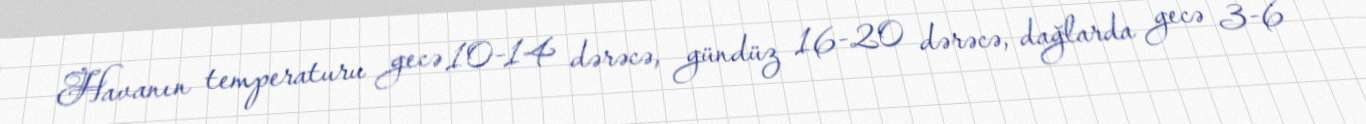
Havanın temperaturu gecə 10-14 dərəcə, gündüz 16-20 dərəcə, dağlarda gecə 3-6